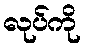
လုပ်ကို